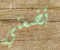
تضعني